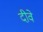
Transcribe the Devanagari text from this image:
दीवे